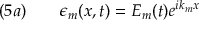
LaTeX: \quad ( 5 a ) \qquad \epsilon _ { m } ( x , t ) = E _ { m } ( t ) e ^ { i k _ { m } x }